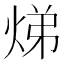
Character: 焍